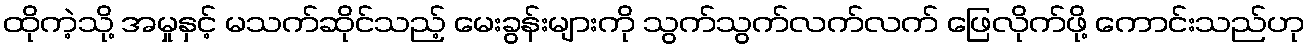
ထိုကဲ့သို့ အမှုနှင့် မသက်ဆိုင်သည့် မေးခွန်းများကို သွက်သွက်လက်လက် ဖြေလိုက်ဖို့ ကောင်းသည်ဟု